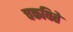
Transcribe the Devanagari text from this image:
चकविते